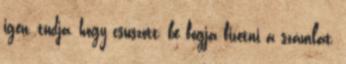
igen, tudja, hogy csúszott, be fogja fizetni a számlát,